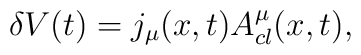
\delta V(t)= j_\mu (x,t) A^{\mu}_{cl}(x,t),